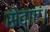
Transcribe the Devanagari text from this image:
सेवाएं।